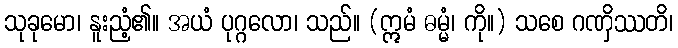
သုခုမော၊ နူးညံ့၏။ အယံ ပုဂ္ဂလော၊ သည်။ (ဣမံ ဓမ္မံ၊ ကို။) သစေ ဂဏှိဿတိ၊